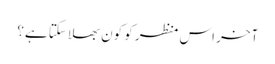
آخر اس منظر کو کون بھلا سکتا ہے؟